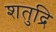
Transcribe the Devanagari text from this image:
शतुद्रि